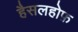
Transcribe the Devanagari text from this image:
हैसलहोफ़